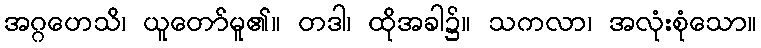
အဂ္ဂဟေသိ၊ ယူတော်မူ၏။ တဒါ၊ ထိုအခါ၌။ သကလာ၊ အလုံးစုံသော။